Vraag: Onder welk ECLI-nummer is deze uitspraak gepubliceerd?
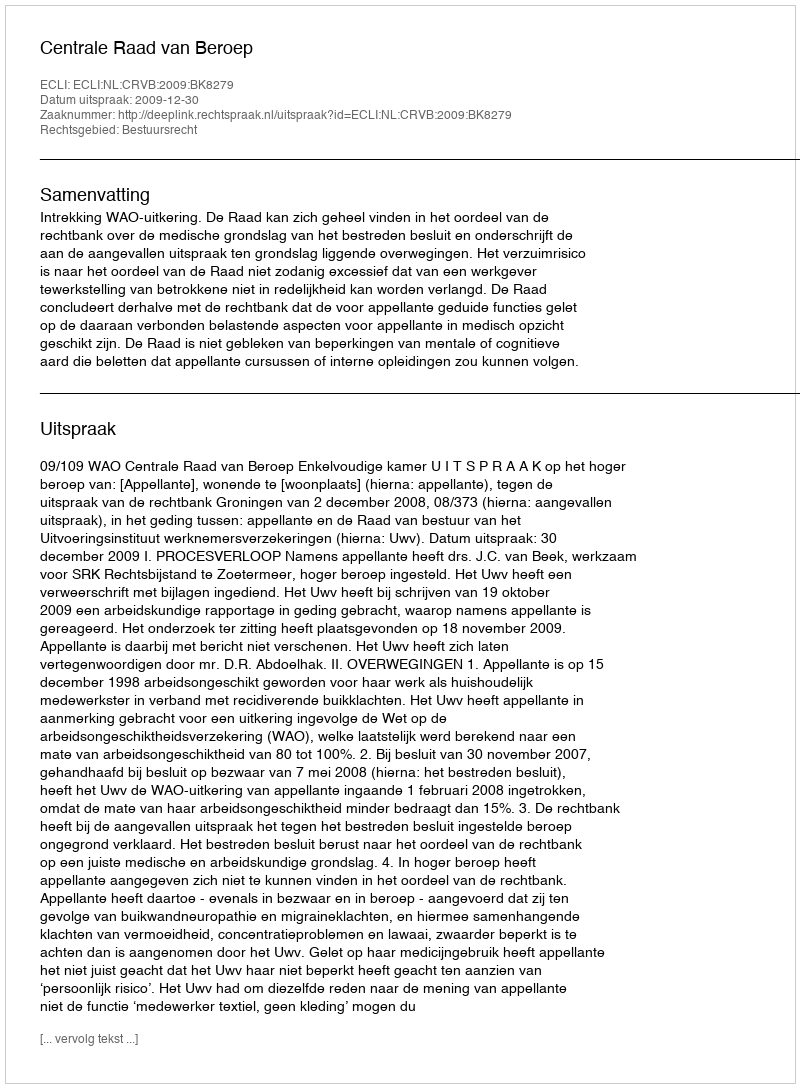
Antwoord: ECLI:NL:CRVB:2009:BK8279